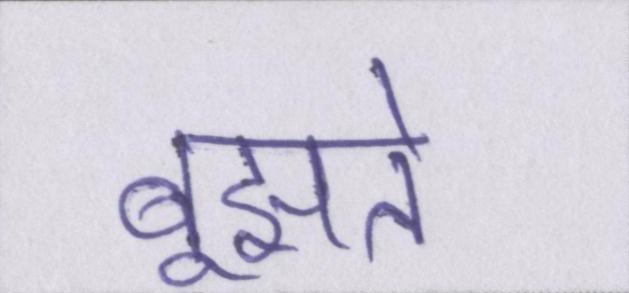
बूझते